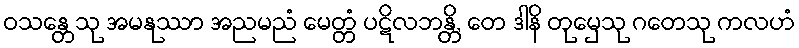
ဝသန္တေသု အမနုဿာ အညမညံ မေတ္တံ ပဋိလဘန္တိ, တေ ဒါနိ တုမှေသု ဂတေသု ကလဟံ